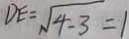
D E = \sqrt { 4 - 3 } = 1